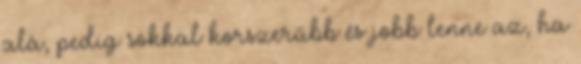
alá, pedig sokkal korszerűbb és jobb lenne az, ha